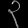
Digit: ၃